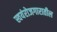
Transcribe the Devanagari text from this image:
स्वयंरोजगारातील